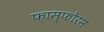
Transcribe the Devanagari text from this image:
फ़ास्फोरस